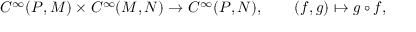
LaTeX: C ^ { \infty } ( P , M ) \times C ^ { \infty } ( M , N ) \to C ^ { \infty } ( P , N ) , \qquad ( f , g ) \mapsto g \circ f ,